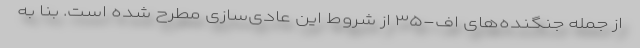
از جمله جنگنده‌های اف-۳۵ از شروط این عادی‌سازی مطرح شده است. بنا به